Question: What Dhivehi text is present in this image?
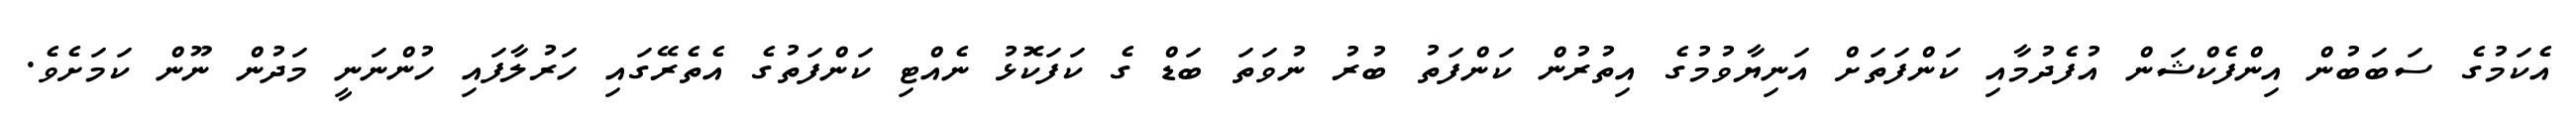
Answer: އެކަމުގެ ސަބަބުން އިންފެކްޝަން އުފެދުމާއި ކަންފަތަށް އަނިޔާވުމުގެ އިތުރުން ކަންފަތު ބުރު ނުވަތަ ބަޑް ގެ ކަފަކޮޅު ނެއްޓި ކަންފަތުގެ އެތެރޭގައި ހަރުލާފައި ހުންނަނީ މަދުން ނޫން ކަމަށެވެ.